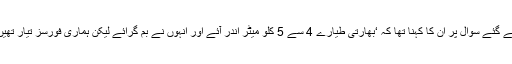
پریس کانفرنس کے دوران وزیر دفاع پرویز خٹک سے پوچھے گئے سوال پر ان کا کہنا تھا کہ ‘بھارتی طیارے 4 سے 5 کلو میٹر اندر آئے اور انہوں نے بم گرائے لیکن ہماری فورسز تیار تھیں، تاہم رات کے وقت کی وجہ سے نقصان کا معلوم نہیں ہوا. ۔